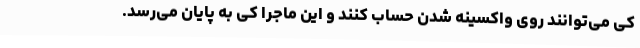
کی می‌توانند روی واکسینه شدن حساب کنند و این ماجرا کی به پایان می‌رسد.